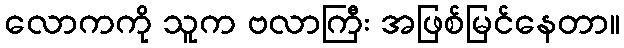
လောကကို သူက ဗလာကြီး အဖြစ်မြင်နေတာ။